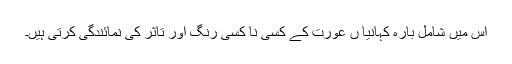
اس میں شامل بارہ کہانیا ں عورت کے کسی نا کسی رنگ اور تاثر کی نمائندگی کرتی ہیں۔